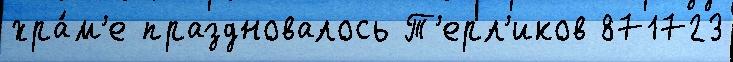
хра́м'е праздновалось Т'ерл'иков 871723